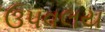
ઉપવલય